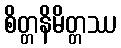
စိတ္တနိမိတ္တဿ